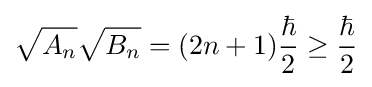
{\sqrt {A_{n}}}{\sqrt {B_{n}}}=(2n+1){\frac {\hbar }{2}}\geq {\frac {\hbar }{2}}